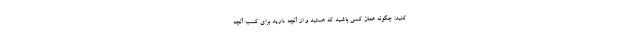
‌کنید: چگونه همان کسی باشید که هستید و از آنچه دارید برای کسب آنچه